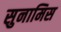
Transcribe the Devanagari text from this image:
सुनामिस